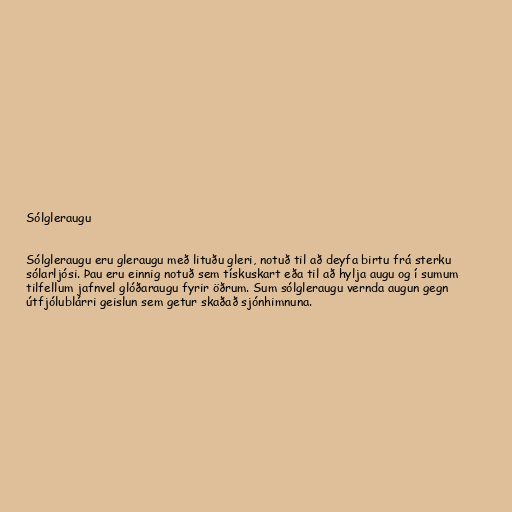
Sólgleraugu

Sólgleraugu eru gleraugu með lituðu gleri, notuð til að deyfa birtu frá sterku
sólarljósi. Þau eru einnig notuð sem tískuskart eða til að hylja augu og í sumum
tilfellum jafnvel glóðaraugu fyrir öðrum. Sum sólgleraugu vernda augun gegn
útfjólublárri geislun sem getur skaðað sjónhimnuna.